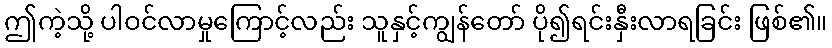
ဤကဲ့သို့ ပါဝင်လာမှုကြောင့်လည်း သူနှင့်ကျွန်တော် ပို၍ရင်းနှီးလာရခြင်း ဖြစ်၏။